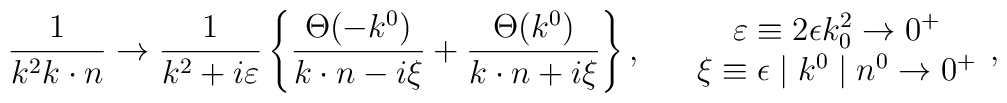
\frac{1}{k^2k\cdot n} \rightarrow \frac{1}{k^2+i\varepsilon}\left\{ \frac {\Theta(-k^0)}{k\cdot n-i\xi}+\frac {\Theta(k^0)}{k\cdot n+i\xi}\right\},\hspace{.5cm} \begin{array}{c} \varepsilon\equiv 2\epsilon k_0^2 \rightarrow 0^{+} \\\xi \equiv \epsilon \mid k^0 \mid n^0\rightarrow 0^{+} \end{array},